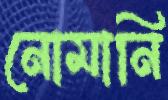
নোমানি